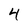
Character: 4